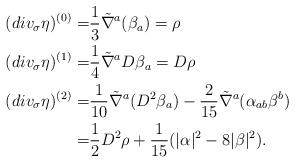
LaTeX: \begin{align*}(div_{\sigma} \eta)^{(0)}=&\frac{1}{3}\tilde{\nabla}^a(\beta_a)=\rho \\(div_{\sigma} \eta)^{(1)}=&\frac{1}{4} \tilde{\nabla}^a D \beta_a = D \rho \\(div_{\sigma} \eta)^{(2)}=&\frac{1}{10} \tilde{\nabla}^a (D^2 \beta_a ) -\frac{2}{15}\tilde{\nabla}^a ( \alpha_{ab} \beta^b)\\=&\frac{1}{2} D^2\rho+\frac{1}{15}( |\alpha|^2- 8 |\beta|^2).\end{align*}